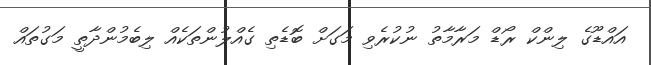
އައްޑޫގެ ލިންކް ރޯޑް މަރާމާތު ނުކުރެވި މަގަށް ބޮޑެތި ގެއްލުންތަކެއް ލިބެމުންދާތީ މަގުތައް